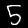
Digit: 5